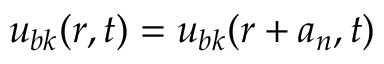
u _ { b \boldsymbol k } ( \boldsymbol r , t ) = u _ { b \boldsymbol k } ( \boldsymbol r + \boldsymbol a _ { n } , t )